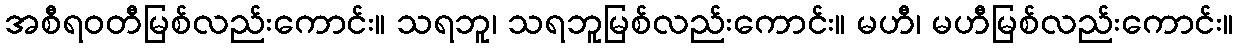
အစီရဝတီမြစ်လည်းကောင်း။ သရဘူ၊ သရဘူမြစ်လည်းကောင်း။ မဟီ၊ မဟီမြစ်လည်းကောင်း။